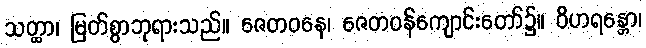
သတ္ထာ၊ မြတ်စွာဘုရားသည်။ ဇေတဝနေ၊ ဇေတဝန်ကျောင်းတော်၌။ ဝိဟရန္တော၊